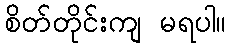
စိတ်တိုင်းကျ မရပါ။